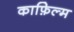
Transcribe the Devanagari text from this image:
काफ़िल्म